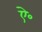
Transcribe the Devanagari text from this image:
ऐ॰